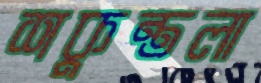
শকুন্তলা